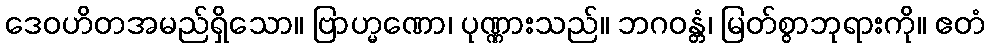
ဒေဝဟိတအမည်ရှိသော။ ဗြာဟ္မဏော၊ ပုဏ္ဏားသည်။ ဘဂဝန္တံ၊ မြတ်စွာဘုရားကို။ ဧတံ